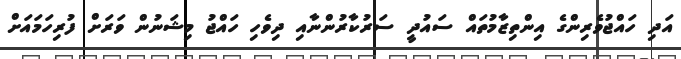
އަދި ހައްޖުވެރިންގެ އިންތިޒާމުތައް ސައުދީ ސަރުކާރުންނާއި ދިވެހި ހައްޖު މިޝަނުން ވަރަށް ފުރިހަމައަށް